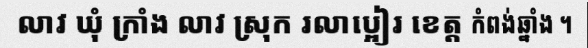
លាវ ឃុំ ក្រាំង លាវ ស្រុក រលាប្អៀរ ខេត្ត កំពង់ឆ្នាំង ។